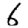
Digit: 6